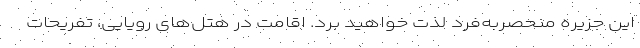
این جزیره منحصربه‌فرد لذت خواهید برد. اقامت در هتل‌های رویایی، تفریحات